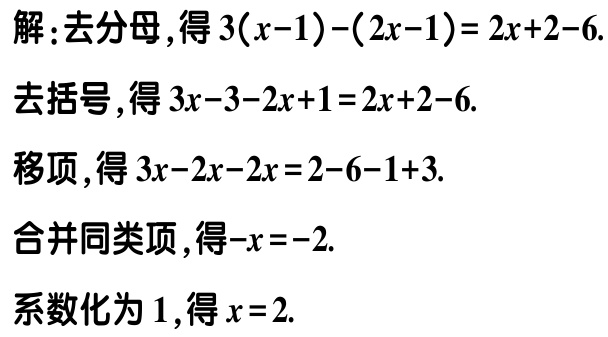
解：去分母，得\(3(x - 1) - (2x - 1) = 2x + 2 - 6\).

去括号，得\(3x - 3 - 2x + 1 = 2x + 2 - 6\).

移项，得\(3x - 2x - 2x = 2 - 6 - 1 + 3\).

合并同类项，得\(-x = -2\).

系数化为\(1\)，得\(x = 2\).